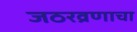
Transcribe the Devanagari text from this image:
जठरव्रणाचा